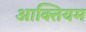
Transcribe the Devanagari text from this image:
आक्तियम